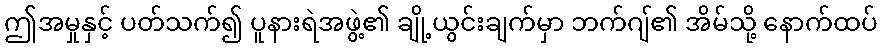
ဤအမှုနှင့် ပတ်သက်၍ ပူနားရဲအဖွဲ့၏ ချို့ယွင်းချက်မှာ ဘက်ဂျ်၏ အိမ်သို့ နောက်ထပ်